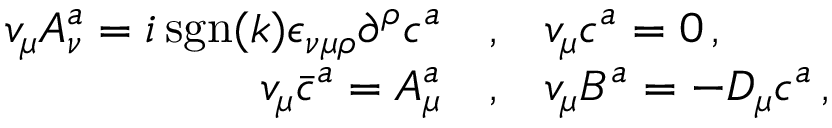
\begin{array} { r c l } { { v _ { \mu } A _ { \nu } ^ { a } = i \, \mathrm { s g n } ( k ) { \epsilon } _ { \nu \mu \rho } { \partial } ^ { \rho } c ^ { a } } } & { { , } } & { { v _ { \mu } c ^ { a } = 0 \, , } } \\ { { v _ { \mu } { \bar { c } ^ { a } } = A _ { \mu } ^ { a } } } & { { , } } & { { v _ { \mu } B ^ { a } = - D _ { \mu } c ^ { a } \, , } } \end{array}